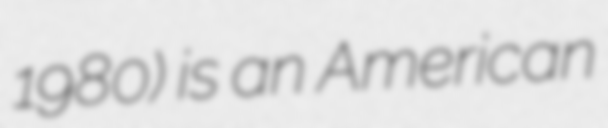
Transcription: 1980) is an American